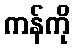
ကန်ကို